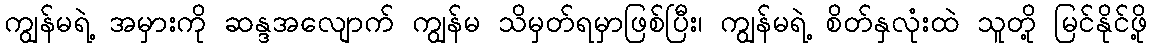
ကျွန်မရဲ့ အမှားကို ဆန္ဒအလျောက် ကျွန်မ သိမှတ်ရမှာဖြစ်ပြီး၊ ကျွန်မရဲ့ စိတ်နှလုံးထဲ သူတို့ မြင်နိုင်ဖို့